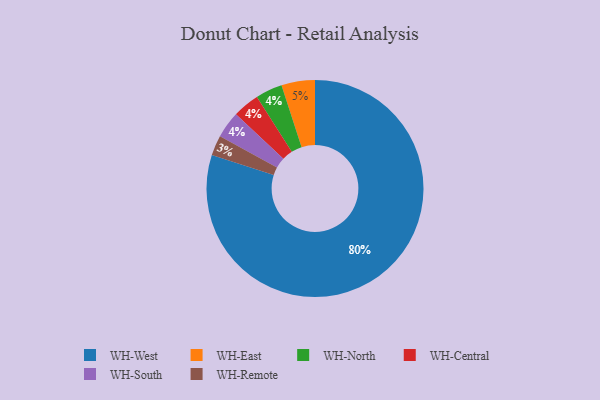
{"axis": {"x": "Category", "y": "Percentage"}, "legend": ["WH-Central", "WH-East", "WH-North", "WH-Remote", "WH-South", "WH-West"], "data": [{"x": "WH-North", "y": 4, "type": "WH-North"}, {"x": "WH-East", "y": 5, "type": "WH-East"}, {"x": "WH-West", "y": 80, "type": "WH-West"}, {"x": "WH-Central", "y": 4, "type": "WH-Central"}, {"x": "WH-Remote", "y": 3, "type": "WH-Remote"}, {"x": "WH-South", "y": 4, "type": "WH-South"}]}